Annual report of the Prince of Wales Medical College, Patna
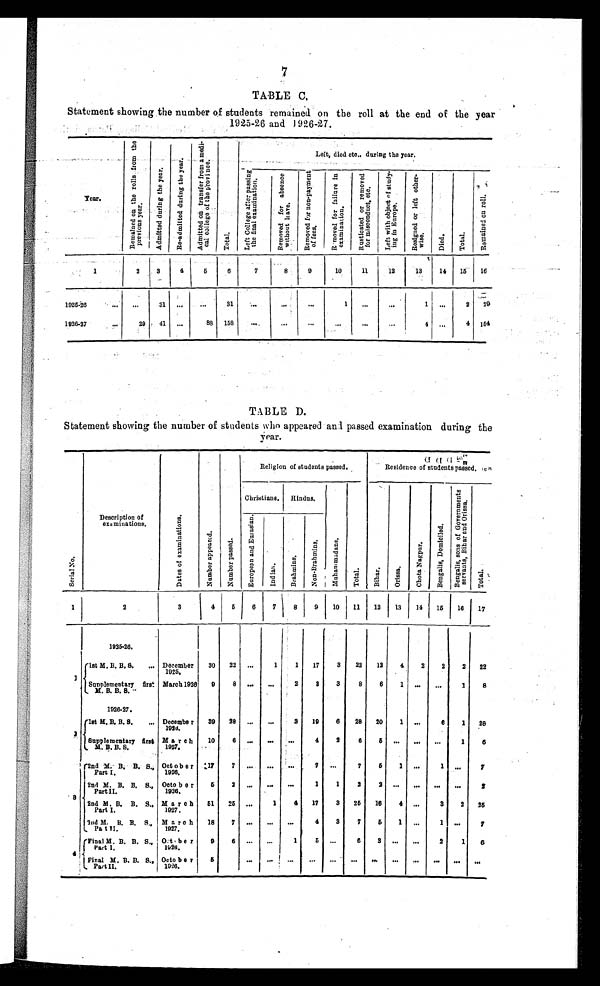
7
T A B L E C .
Statement showing the number of students remained on the roll at the end of the year
1925-26 and 1926-27.
Year.
R e m a i n e d o n t h e r o l l s f r o m t h e p r e v i o u s y e a r .
A d m i t t e d d u r i n g t h e y e a r . R e - a d m i t t e d d u r i n g t h e y e a r .
A d m i t t e d o n t r a n s f e r f r o m a m e d i - c a l c o l l e g e o f t h e p r o v i n c e .
T o t a l .
Left, died etc., during the year.
L e f t C o l l e g e a f t e r p a s s i n g t h e f i n a l e x a m i n a t i o n .
R e m o v e d f o r a b s e n c e w i t h o u t l e a v e .
R e m o v e d f o r n o n - p a y m e n t o f f e e s .
R e m o v e d f o r f a i l u r e i n e x a m i n a t i o n .
R u s t i c a t e d o r r e m o v e d f o r m i s c o n d u c t , e t c .
L e f t w i t h o b j e c t o f s t u d y i n g i n E u r o p e .
R e s i g n e d o r l e f t o t h e r - w i s e .
D i e d .
T o t a l .
R e m a i n e d o n r o l l .
1
2
3
4
5
6
7
8
9 10
1 1
12
13
14 15 16
1925-26 ... ...
31 . . .
. . . 31
. . .
...
. . .
1 ...
. . .
1 . . .
2
2 9
1 9 2 6 - 2 7 . . .
29 41 . . .
88 158
. . .
. . .
. . . . . .
. . .
. . .
4 ...
4 154
TABLE D.
Statement showing the number of students who appeared and passed examination during the
year.
S e r i a l N o .
Description of
examinations.
D a t e s o f e x a m i n a t i o n s .
N u m b e r a p p e a r e d .
N u m b e r p a s s e d . Religion of students passed.
Resi dence of st udent s passed.
Christians. Hindus.
M u h a m m a d a n s . T o t a l .
B i h a r .
O r i s s a .
C h o t a N a g p u r .
B e n g a l i s , D o m i c i l e d .
B e n g a l i s , s o n s o f G o v e r n m e n t s s e r v a n t s , B i h a r a n d O r i s s a .
T o t a l .
E u r o p e a n a n d E u r a s i a n .
I n d i a n .
B r a h m i n s .
N o n - B r a h m i n s .
1
2
3
4
5
6
7
8
9
1 0 11 12 13 14 15 16 17
1 9 2 5 - 2 6 .
1
1st M. B. B. S. ... December 1925. 30 22 ...
1
1 17
3 22 12
4
2
2 2 22
Supplementary first
M. B. B. S.
March 1926
9 8 ... ...
2
3
3
8
6
1 ... ...
1
8
2
1 9 2 6 - 2 7 .
1st M. B. B. S. ...
D e c e m b e r 1 9 2 6 . 39 28 ... ...
3 19
6 28 20
1 ...
6
1 2 8
Supplementary first
M. B. B. S.
March
1 9 2 7 .
1 0
6 ... ...
. . . 4
2
6
5 ... ... ...
1
6
3
2nd M. B. B. S.,
Part I.
October
1 9 2 6 .
17
7 ... ... ...
7 ...
7
5
1 ...
1 . . .
7
2nd M. B. B. S.,
Part II
October 1 9 2 6 . 5
2
. . .
. . .
. . . 1
1
2
2
. . . ...
. . . . . .
2
2 n d M . B . B . S . ,
Par t I .
M a r c h
1 9 2 7 . 51 25 ...
1
4 17
3 25 16
4 . . .
3
2 2 5
3nd M. B. B. S.,
Part II.
March
1927.
18
7 ...
. . .
. . .
4
3
7
5
1
. . .
1 ...
7
4
F i n a l M . B . B . S . ,
P a r t I .
o c t o b e r
1 9 2 6 . 9
6 ... ...
1
5 . . .
6
3
. . .
...
2
1
6
Final M. B. B. S.,
Part II.
October 1 9 2 6 .
5
...
. . .
. . .
. . .
. . .
. . .
. . .
. . .
...
. . .
. . .
. . .